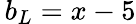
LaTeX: \, b_{L}=x-5